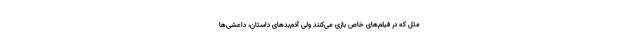
مثل که در فیلم‌های خاص بازی می‌کنند ولی آدم‌بَد‌های داستان، داعشی‌ها